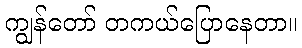
ကျွန်တော် တကယ်ပြောနေတာ။